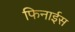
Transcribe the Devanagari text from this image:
फिनाईस